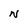
Character: N